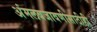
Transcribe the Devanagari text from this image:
अंमलबजावणीसाठीही